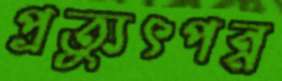
প্রত্যুৎপন্ন